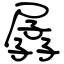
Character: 孱